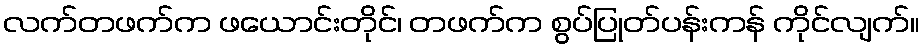
လက်တဖက်က ဖယောင်းတိုင်၊ တဖက်က စွပ်ပြုတ်ပန်းကန် ကိုင်လျက်။